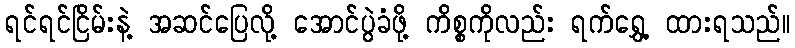
ရင်ရင်ငြိမ်းနဲ့ အဆင်ပြေလို့ အောင်ပွဲခံဖို့ ကိစ္စကိုလည်း ရက်ရွှေ့ ထားရသည်။